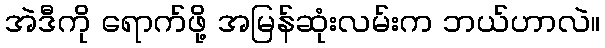
အဲဒီကို ရောက်ဖို့ အမြန်ဆုံးလမ်းက ဘယ်ဟာလဲ။